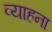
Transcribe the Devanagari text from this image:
व्याहना